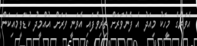
އެވަރުގެ މީހަކު މިއަދު އެ ފެންވަރަށް ތިރިވެފައި އެވަނީ ވަރަށް އުއްމީދު ކުޑަވީމައިކަން